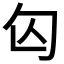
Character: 匃